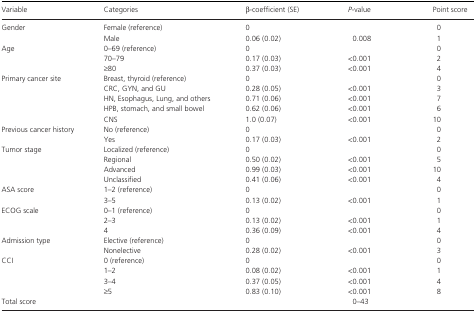
<table><thead><tr><td><b>Variable</b></td><td><b>Categories</b></td><td><b><i>β</i>-coefficient (SE)</b></td><td><b><i>P</i>-value</b></td><td><b>Point score</b></td></tr></thead><tbody><tr><td rowspan="2">Gender</td><td>Female (reference)</td><td>0</td><td></td><td>0</td></tr><tr><td>Male</td><td>0.06 (0.02)</td><td>0.008</td><td>1</td></tr><tr><td rowspan="3">Age</td><td>0–69 (reference)</td><td>0</td><td></td><td>0</td></tr><tr><td>70–79</td><td>0.17 (0.03)</td><td>&lt;0.001</td><td>2</td></tr><tr><td>≥80</td><td>0.37 (0.03)</td><td>&lt;0.001</td><td>4</td></tr><tr><td rowspan="5">Primary cancer site</td><td>Breast, thyroid (reference)</td><td>0</td><td></td><td>0</td></tr><tr><td>CRC, GYN, and GU</td><td>0.28 (0.05)</td><td>&lt;0.001</td><td>3</td></tr><tr><td>HN, Esophagus, Lung, and others</td><td>0.71 (0.06)</td><td>&lt;0.001</td><td>7</td></tr><tr><td>HPB, stomach, and small bowel</td><td>0.62 (0.06)</td><td>&lt;0.001</td><td>6</td></tr><tr><td>CNS</td><td>1.0 (0.07)</td><td>&lt;0.001</td><td>10</td></tr><tr><td rowspan="2">Previous cancer history</td><td>No (reference)</td><td>0</td><td></td><td>0</td></tr><tr><td>Yes</td><td>0.17 (0.03)</td><td>&lt;0.001</td><td>2</td></tr><tr><td rowspan="4">Tumor stage</td><td>Localized (reference)</td><td>0</td><td></td><td>0</td></tr><tr><td>Regional</td><td>0.50 (0.02)</td><td>&lt;0.001</td><td>5</td></tr><tr><td>Advanced</td><td>0.99 (0.03)</td><td>&lt;0.001</td><td>10</td></tr><tr><td>Unclassified</td><td>0.41 (0.06)</td><td>&lt;0.001</td><td>4</td></tr><tr><td rowspan="2">ASA score</td><td>1–2 (reference)</td><td>0</td><td></td><td>0</td></tr><tr><td>3–5</td><td>0.13 (0.02)</td><td>&lt;0.001</td><td>1</td></tr><tr><td rowspan="3">ECOG scale</td><td>0–1 (reference)</td><td>0</td><td></td><td>0</td></tr><tr><td>2–3</td><td>0.13 (0.02)</td><td>&lt;0.001</td><td>1</td></tr><tr><td>4</td><td>0.36 (0.09)</td><td>&lt;0.001</td><td>4</td></tr><tr><td rowspan="2">Admission type</td><td>Elective (reference)</td><td>0</td><td></td><td>0</td></tr><tr><td>Nonelective</td><td>0.28 (0.02)</td><td>&lt;0.001</td><td>3</td></tr><tr><td rowspan="4">CCI</td><td>0 (reference)</td><td>0</td><td></td><td>0</td></tr><tr><td>1–2</td><td>0.08 (0.02)</td><td>&lt;0.001</td><td>1</td></tr><tr><td>3–4</td><td>0.37 (0.05)</td><td>&lt;0.001</td><td>4</td></tr><tr><td>≥5</td><td>0.83 (0.10)</td><td>&lt;0.001</td><td>8</td></tr><tr><td>Total score</td><td></td><td></td><td>0–43</td><td></td></tr></tbody></table>